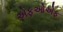
એફઓએફ